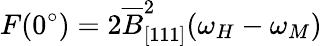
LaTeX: F(0^{\circ})=2\overline{{B}}_{[111]}^{2}(\omega_{H}-\omega_{M})